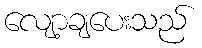
လျော့ချပေးသည်